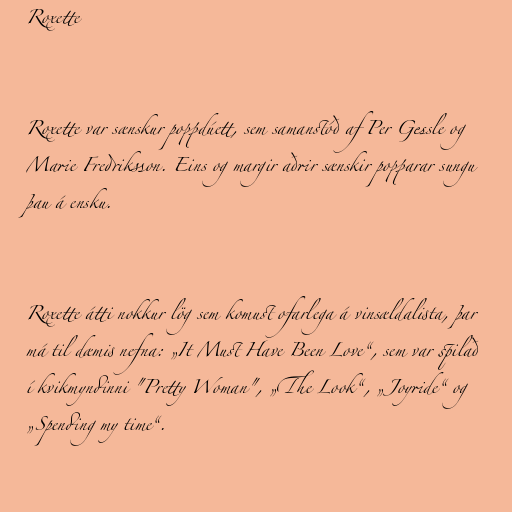
Roxette

Roxette var sænskur poppdúett, sem samanstóð af Per Gessle og
Marie Fredriksson. Eins og margir aðrir sænskir popparar sungu
þau á ensku.

Roxette átti nokkur lög sem komust ofarlega á vinsældalista, þar
má til dæmis nefna: „It Must Have Been Love“, sem var spilað
í kvikmyndinni "Pretty Woman", „The Look“, „Joyride“ og
„Spending my time“.